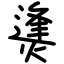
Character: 㷭